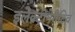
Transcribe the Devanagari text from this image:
इलेक्ट्रोनेगेटिव